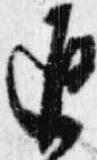
返